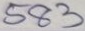
583